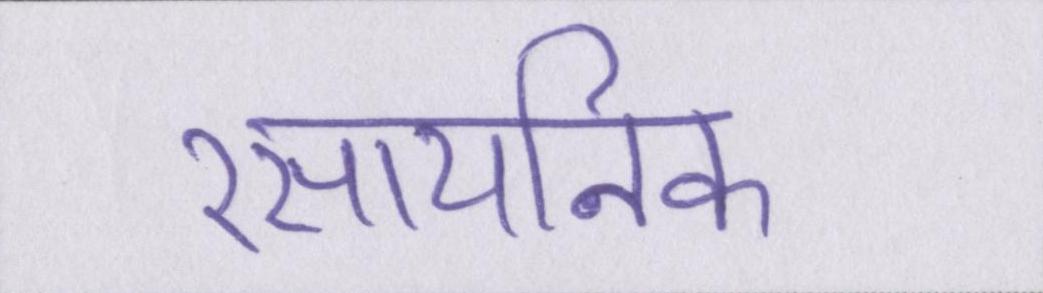
रसायनिक